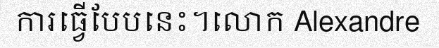
ការធ្វើបែបនេះ។លោក Alexandre